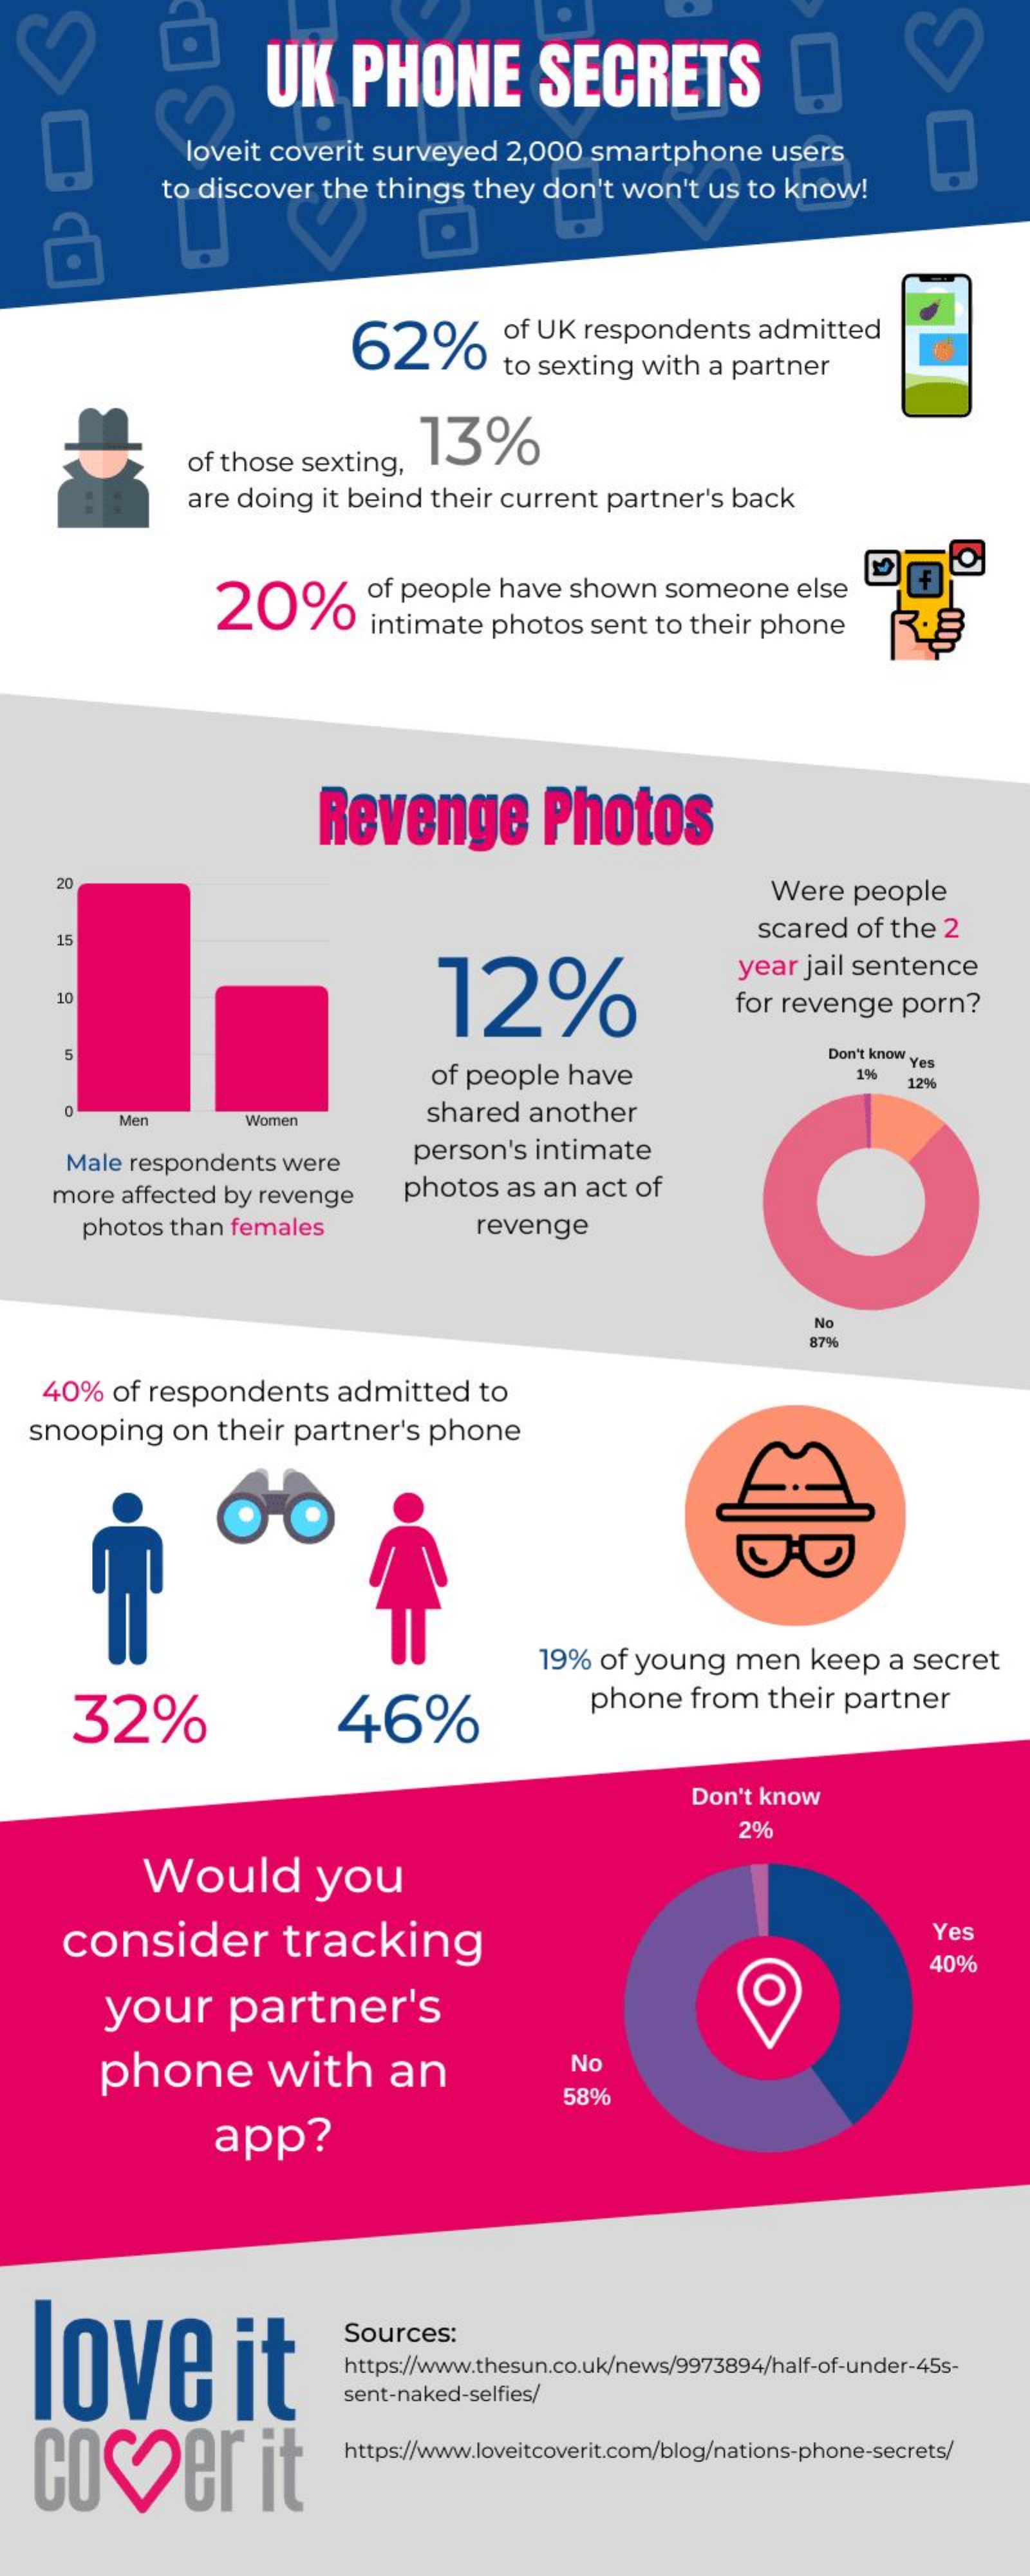
UK    PHONE    SECRETS
     loveit  coverit   surveyed    2,000   smartphone    users
     to discover    the  things   they   don't  won't   us to  know!
     62%    of UK  respondents    admitted
     to sexting   with  a partner
     13%
     of those  sexting,
     are doing   it beind  their current   partner's   back
     O
     20%
     of people   have   shown    someone    else
     intimate    photos   sent  to their phone
     Revenge    Photos
     20
     Were   people
     scared   of the  2
     15
     12%
     year  jail sentence
     10    for revenge    porn?
     5
     of people    have
     Don't know yes
     1%
     12%
     0
     Men    Women
     shared   another
     Male  respondents   were
     person's   intimate
     more  affected  by revenge    photos   as  an act  of
     photos  than  females    revenge
     No
     87%
    40%   of  respondents    admitted    to
   snooping    on  their  partner's    phone
     19%  of young    men    keep    a secret
     32%    46%
     phone    from   their  partner
     Don't know
     2%
     Would    you
     consider    tracking
     Yes
     40%
     your    partner's    O
     phone    with    an    No
     58%
     app?
   love    it
     Sources:
     https://www.thesun.co.uk/news/9973894/half-of-under-45s-
     sent-naked-selfies/
   Cover    it
     https://www.loveitcoverit.com/blog/nations-phone-secrets/